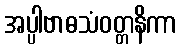
အပ္ပါဗာဓသံဝတ္တနိကာ